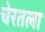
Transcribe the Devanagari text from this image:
चेरतला